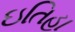
ઇતિહા